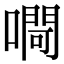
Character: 㗿